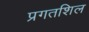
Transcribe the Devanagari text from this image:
प्रगतशिल